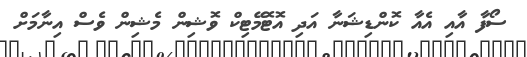
ސޯފާ އާއި އެއާ ކޮންޑިޝަނާ އަދި އޮޓޮމޭޓިކް ވޮޝިން މެޝިން ވެސް އިނާމަށް